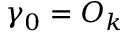
\gamma _ { 0 } = O _ { k }